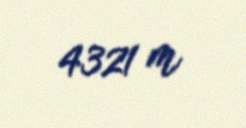
4321 m